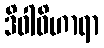
ဒိဝါဝိဟာရာ